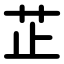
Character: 芷